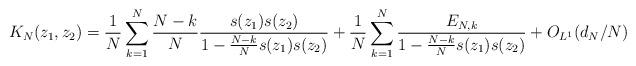
LaTeX: \begin{align*}K_{N}(z_{1},z_{2}) = \frac{1}{N}\sum_{k=1}^{N}\frac{N-k}{N}\frac{s(z_{1})s(z_{2})}{1-\frac{N-k}{N}s(z_{1})s(z_{2})}+\frac{1}{N}\sum_{k=1}^{N}\frac{E_{N,k}}{1-\frac{N-k}{N}s(z_{1})s(z_{2})} + O_{L^1}(d_{N}/N) \end{align*}